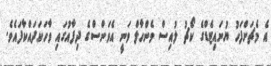
އެ މެޗަށްފަހު ޔުނައިޓެޑްގެ ކޯޗު ލުއިސް ވެންހާލް ވަނީ އެވަންސްގެ ދިފާއުގައި ވާހަކަދައްކާފައެވެ.